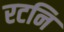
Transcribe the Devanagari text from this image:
रटनि